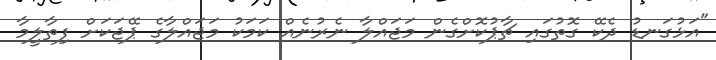
"އަޅުގަނޑު ދެކޭ ގޮތުގައި ޗާޕުކޮށްގެން މަޖައްލާ ނެރުނެއް ކަމަކު މަޖައްލާގެ ޕޭޖަކަށް ފިތާލީމާ